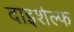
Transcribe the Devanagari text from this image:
दाइशेल्फ